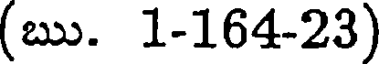
(ఋ. 1-164-23)